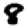
Digit: 8